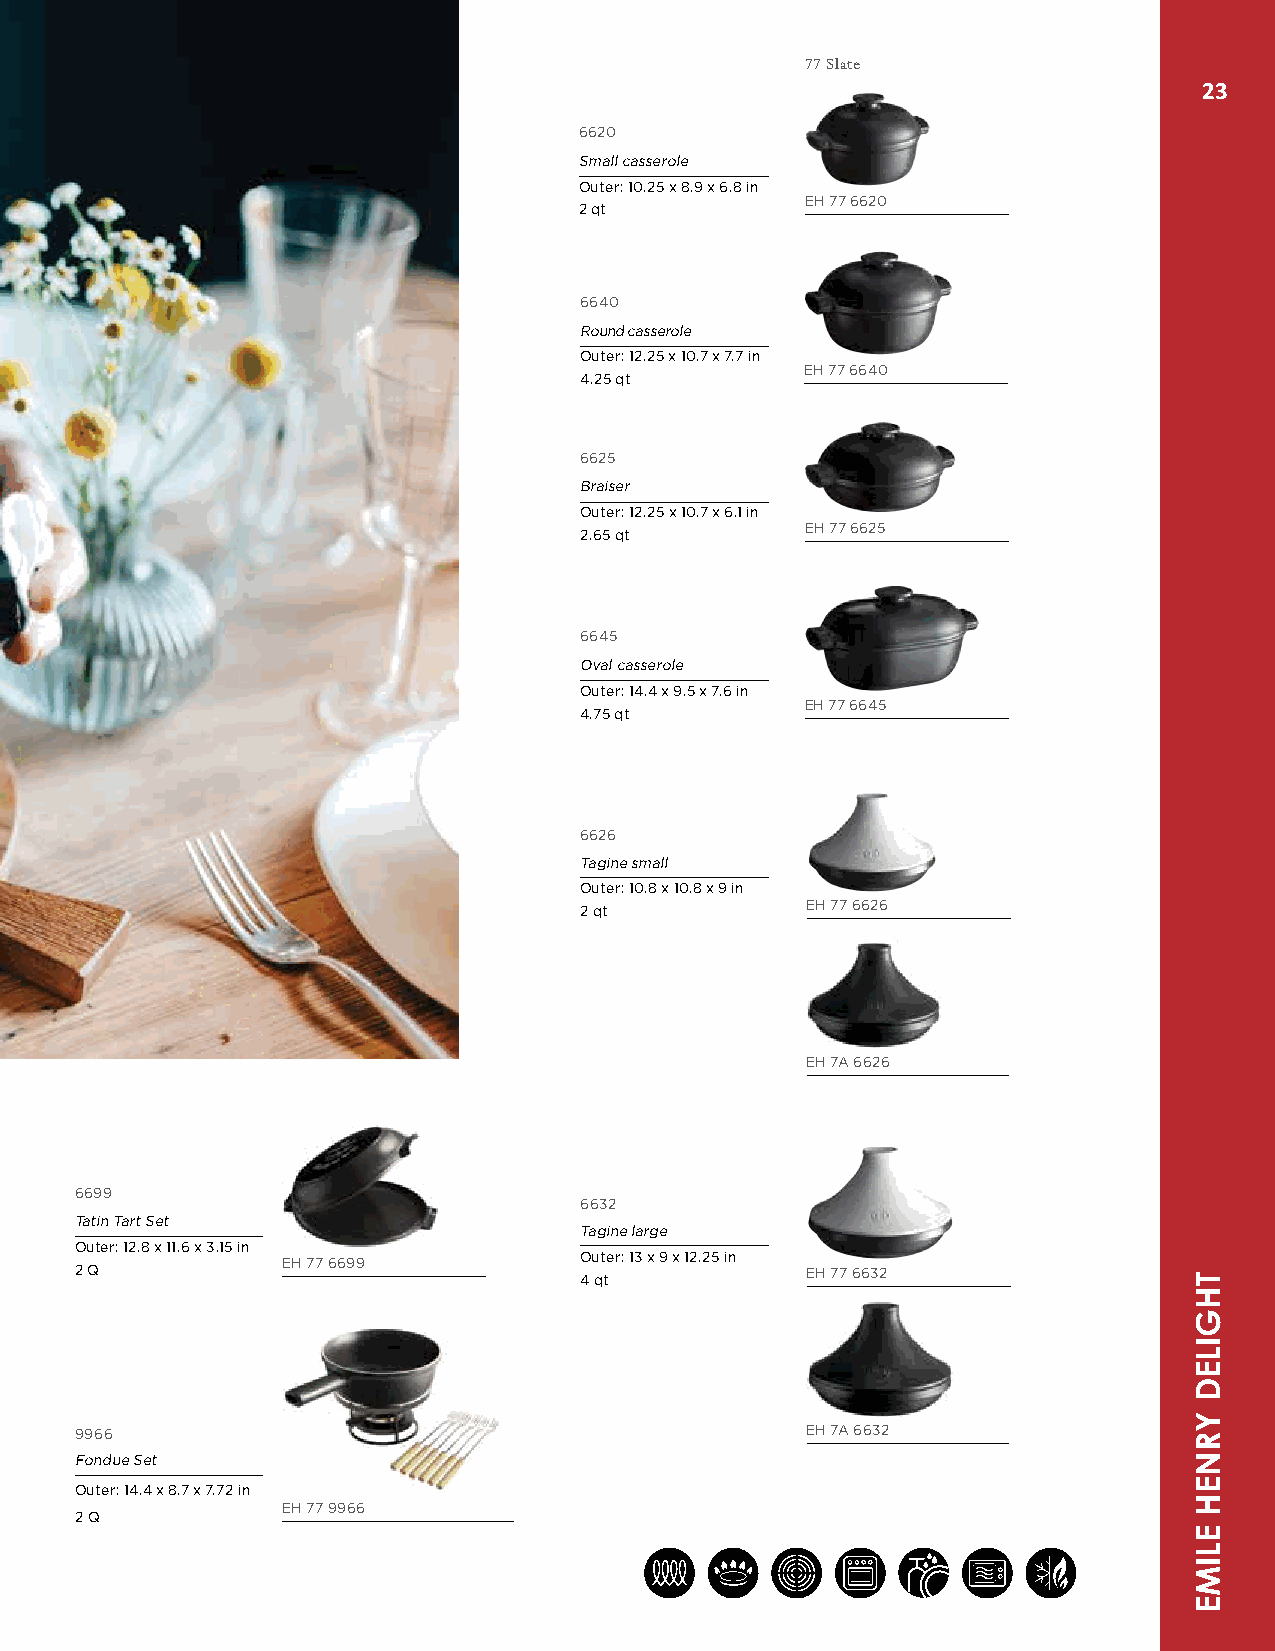
77 Slate
 23
 6620
 Small casserole
 Outer: 10.25 x 8.9 x 6.8 in
 EH 77 6620
 2 qt
 6640
 Round casserole
 Outer: 12.25 x 10.7 x 7.7 in
 EH 77 6640
 4.25 qt
 6625
 Braiser
 Outer: 12.25 x 10.7 x 6.1 in
 EH 77 6625
 2.65 qt
 6645
 Oval casserole
 Outer: 14.4 x 9.5 x 7.6 in
 EH 77 6645
 4.75 qt
 6626
 Tagine small
 Outer: 10.8 x 10.8 x 9 in
 EH 77 6626
 2 qt
 EH 7A 6626
 6699
 6632
 Tatin Tart Set
 Tagine large
 Outer: 12.8 x 11.6 x 3.15 in
 Outer: 13 x 9 x 12.25 in
 2 Q           EH 77 6699                        EH 77 6632 4 qt
 9966                                            EH 7A 6632
 Fondue Set
 Outer: 14.4 x 8.7 x 7.72 in
 EH 77 9966
 2 Q
 THGILED
 YRNEH
 ELIME